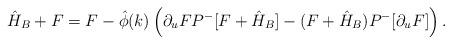
LaTeX: \begin{align*} \hat{H}_B+F &= F -\hat{\phi}(k)\left(\partial_u F P^-[F+\hat{H}_B] - (F+\hat{H}_B) P^-[\partial_u F] \right).\end{align*}